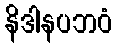
နိဒါနပဘဝံ